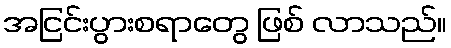
အငြင်းပွားစရာတွေ ဖြစ် လာသည်။